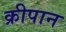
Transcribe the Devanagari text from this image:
क्रीपान